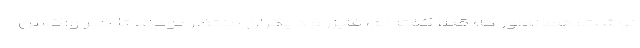
نوشت: همانطور که قبلا گفته‌ام، فایزر و دیگران منتظر بودند تا خبر واکسن